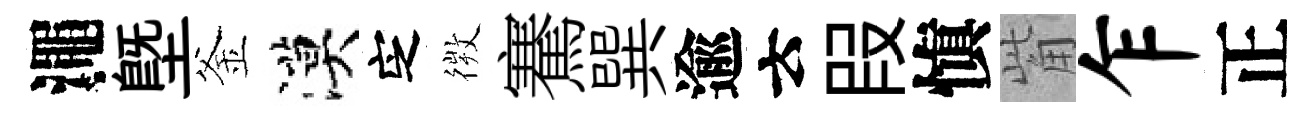
澠塈釜漠㝎𢕄騫巽逾云叚愼觜乍正